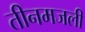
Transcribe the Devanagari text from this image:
तीनमजली